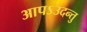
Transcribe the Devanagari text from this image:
आपऽउदन्तु